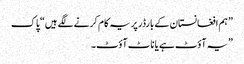
” ہم افغانستان کے بارڈر پر یہ کام کرنے لگے ہیں“ پاک
” یہ آؤٹ ہے یا ناٹ آؤٹ۔